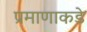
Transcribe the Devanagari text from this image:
प्रमाणाकडे